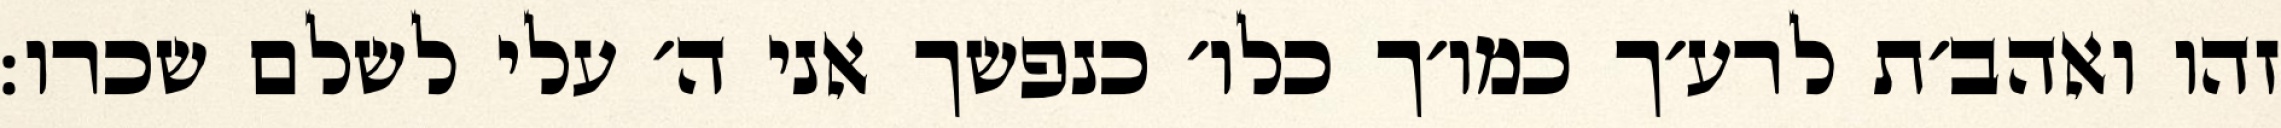
זהו ואהב׳ת לרע׳ך כמו׳ך כלו׳ כנפשך אני ה׳ עלי לשלם שכרו: